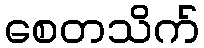
စေတသိက်